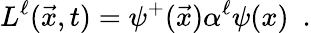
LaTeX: L^{\ell}(\vec{x},t)=\psi^{+}(\vec{x})\alpha^{\ell}\psi(x)~~.